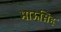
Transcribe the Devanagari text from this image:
भाऊसिंह